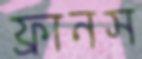
ফ্রানস